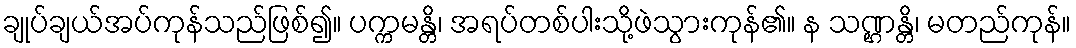
ချုပ်ချယ်အပ်ကုန်သည်ဖြစ်၍။ ပက္ကမန္တိ၊ အရပ်တစ်ပါးသို့ဖဲသွားကုန်၏။ န သဏ္ဌန္တိ၊ မတည်ကုန်။